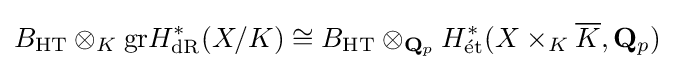
B_{\mathrm {HT} }\otimes _{K}\mathrm {gr} H_{\mathrm {dR} }^{\ast }(X/K)\cong B_{\mathrm {HT} }\otimes _{\mathbf {Q} _{p}}H_{\mathrm {{\acute {e}}t} }^{\ast }(X\times _{K}{\overline {K}},\mathbf {Q} _{p})